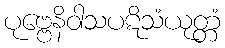
ပုဗ္ဗေနိဝါသပဋိသံယုတ္တံ